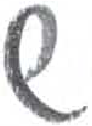
אות: ש